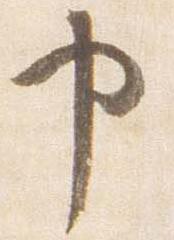
申